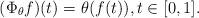
LaTeX: \begin{align*}(\Phi_{\theta} f)(t) = \theta (f(t)), t \in [0,1].\end{align*}